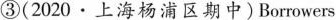
③(2020·上海杨浦区期中)Borrowers